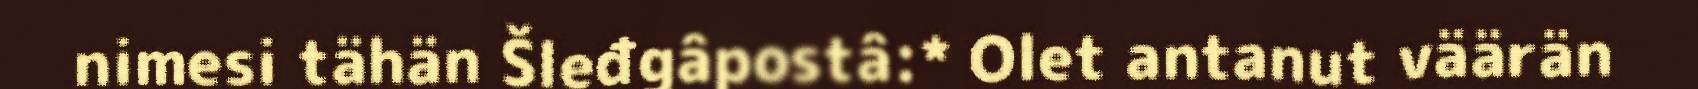
nimesi tähän Šleđgâpostâ:* Olet antanut väärän